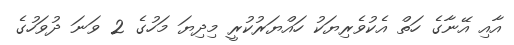
އާއި އޭނާގެ ހަތް އެކުވެރިޔަކު ހައްޔަރުކުރީ މިދިޔަ މަހުގެ 2 ވަނަ ދުވަހުގެ